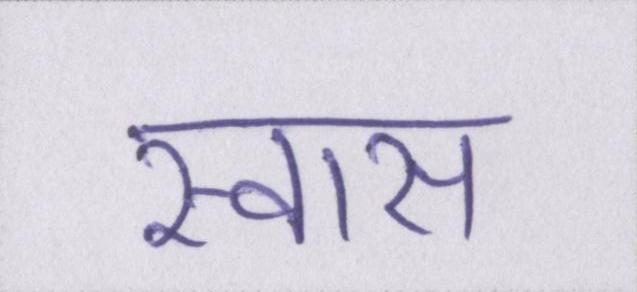
स्वास